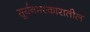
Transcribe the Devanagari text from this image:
सूर्यनमस्कारातील